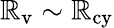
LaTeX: \mathbb{R}_{\mathrm{{v}}}\sim\mathbb{R}_{\mathrm{{cy}}}